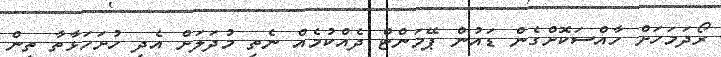
ރޯދަމަހަށް ހާއްސަކޮށްގެން ޑައުން ޕޭމަންޓް ދެއްކުމެއް ނެތި މުދަލަށް އެދި ހުށަހަޅާތާ ތިން